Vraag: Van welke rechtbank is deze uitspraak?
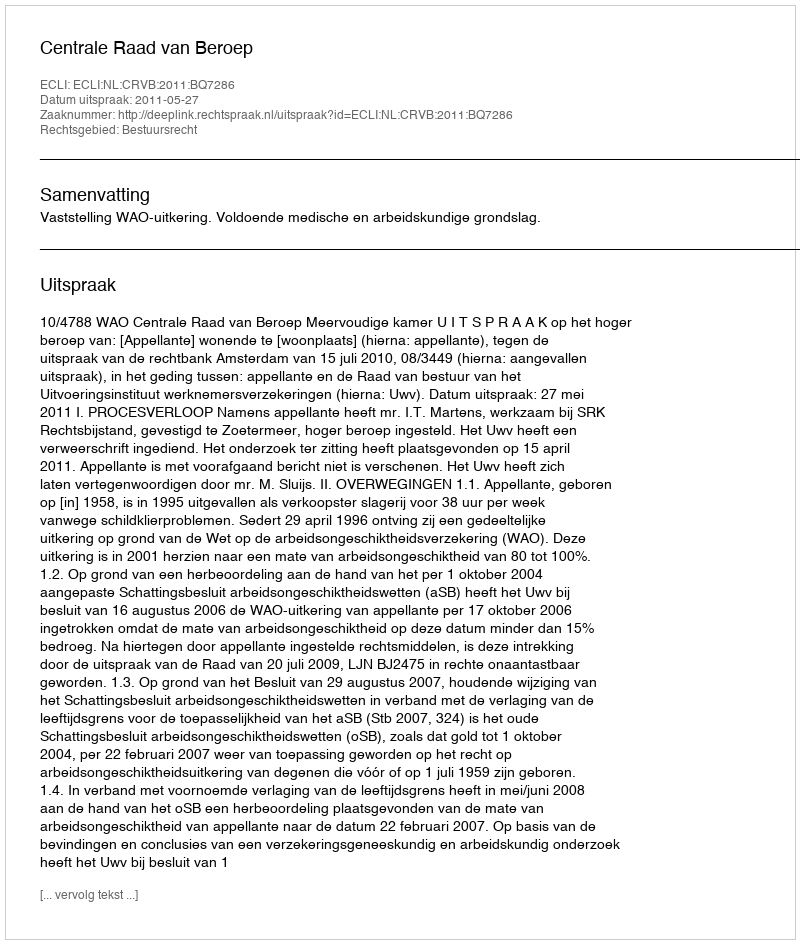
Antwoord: Centrale Raad van Beroep